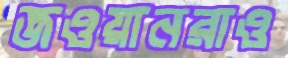
জওয়ানরাও